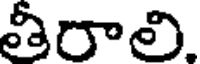
తీరాలి.